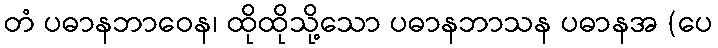
တံ ပဓာနဘာဝေန၊ ထိုထိုသို့သော ပဓာနဘာသန ပဓာနအ (ပေ